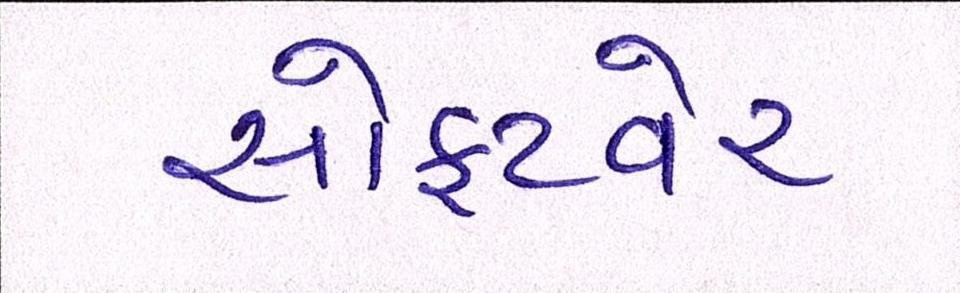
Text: સોફ્ટવેર